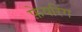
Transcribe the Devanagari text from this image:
फ़ेयरिंग